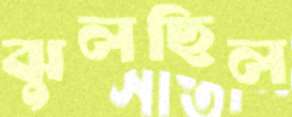
ঝুলছিল